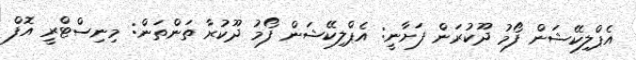
އެޕްލިކޭޝަން ފޯމު ދޫކުރަން ފަށާނީ: އެޕްލިކޭޝަން ފޯމު ދޫކުރާ ތަންތަން: މިނިސްޓްރީ އޮފް